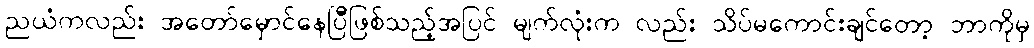
ညယံကလည်း အတော်မှောင်နေပြီဖြစ်သည့်အပြင် မျက်လုံးက လည်း သိပ်မကောင်းချင်တော့ ဘာကိုမှ